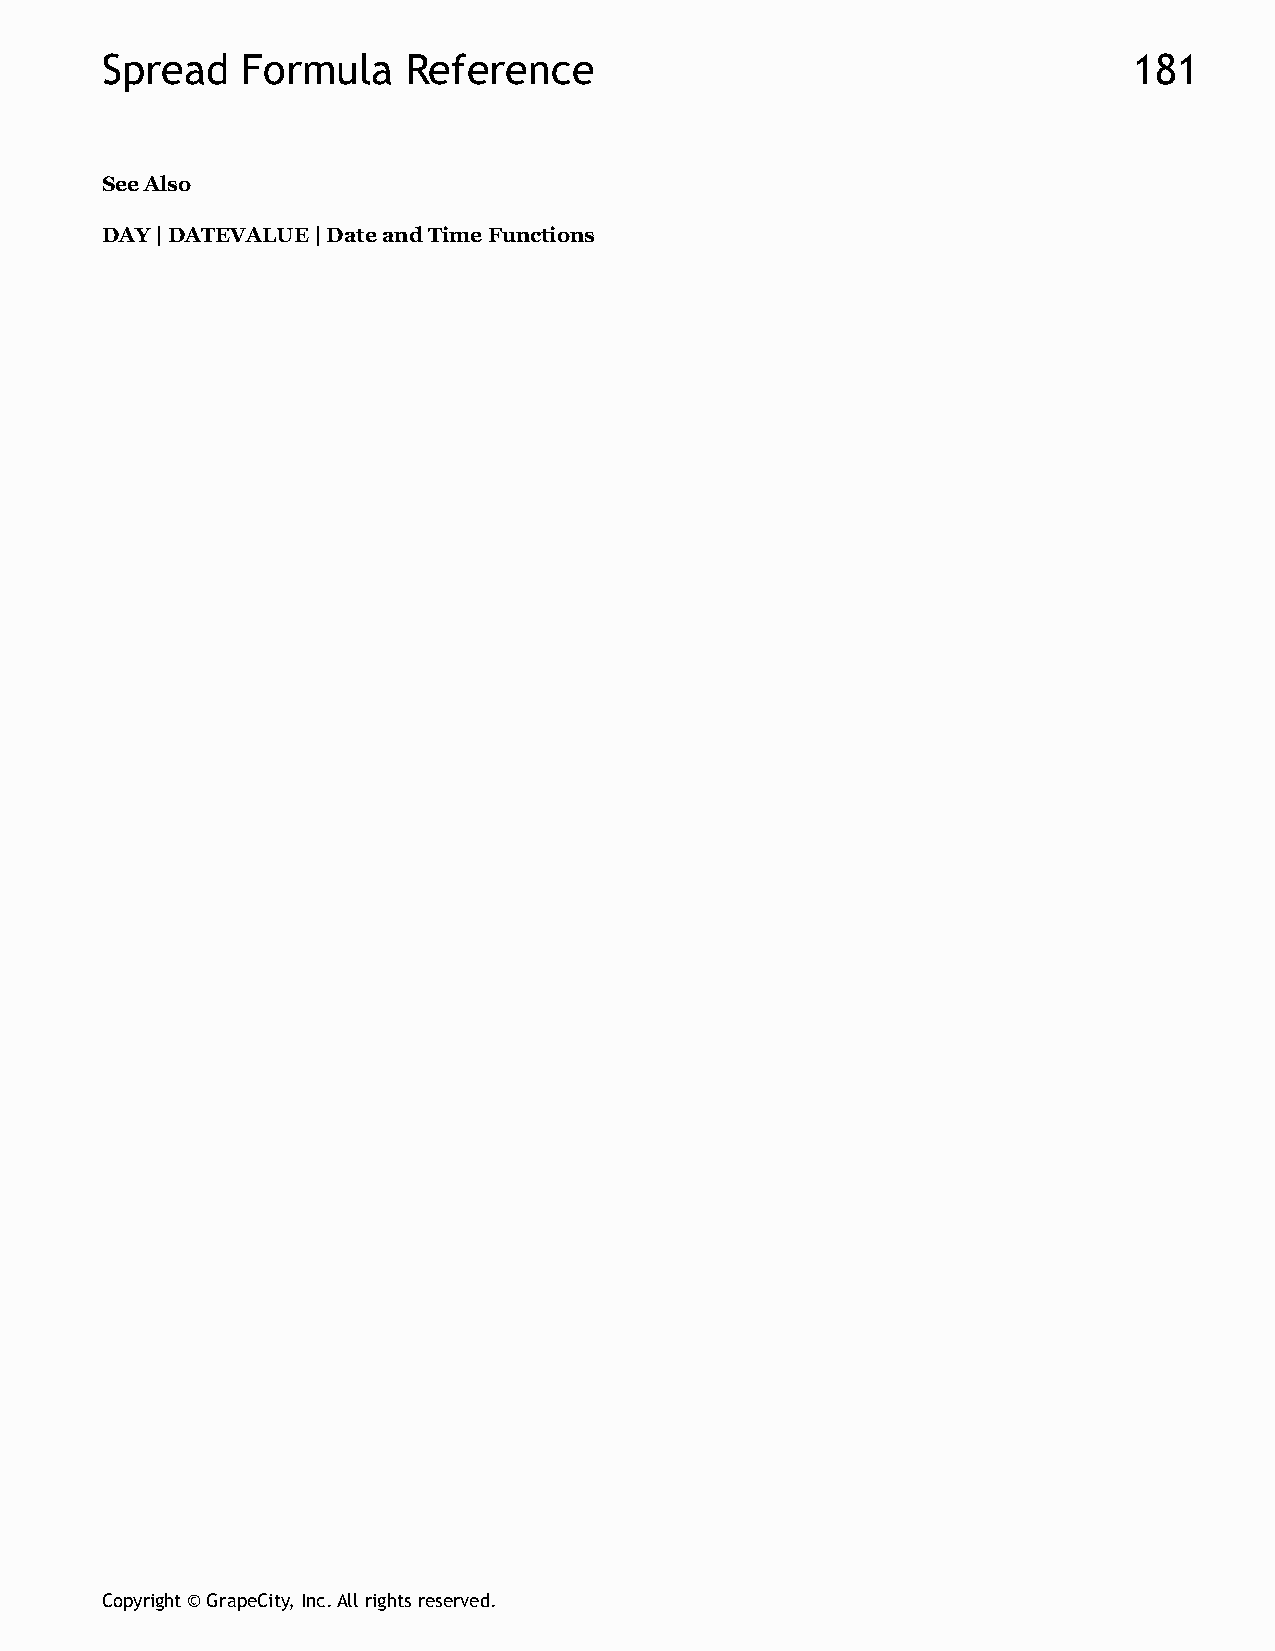
Spread   Formula    Reference                                       181
 See Also
 DAY | DATEVALUE | Date and Time Functions
 Copyright © GrapeCity, Inc. All rights reserved.